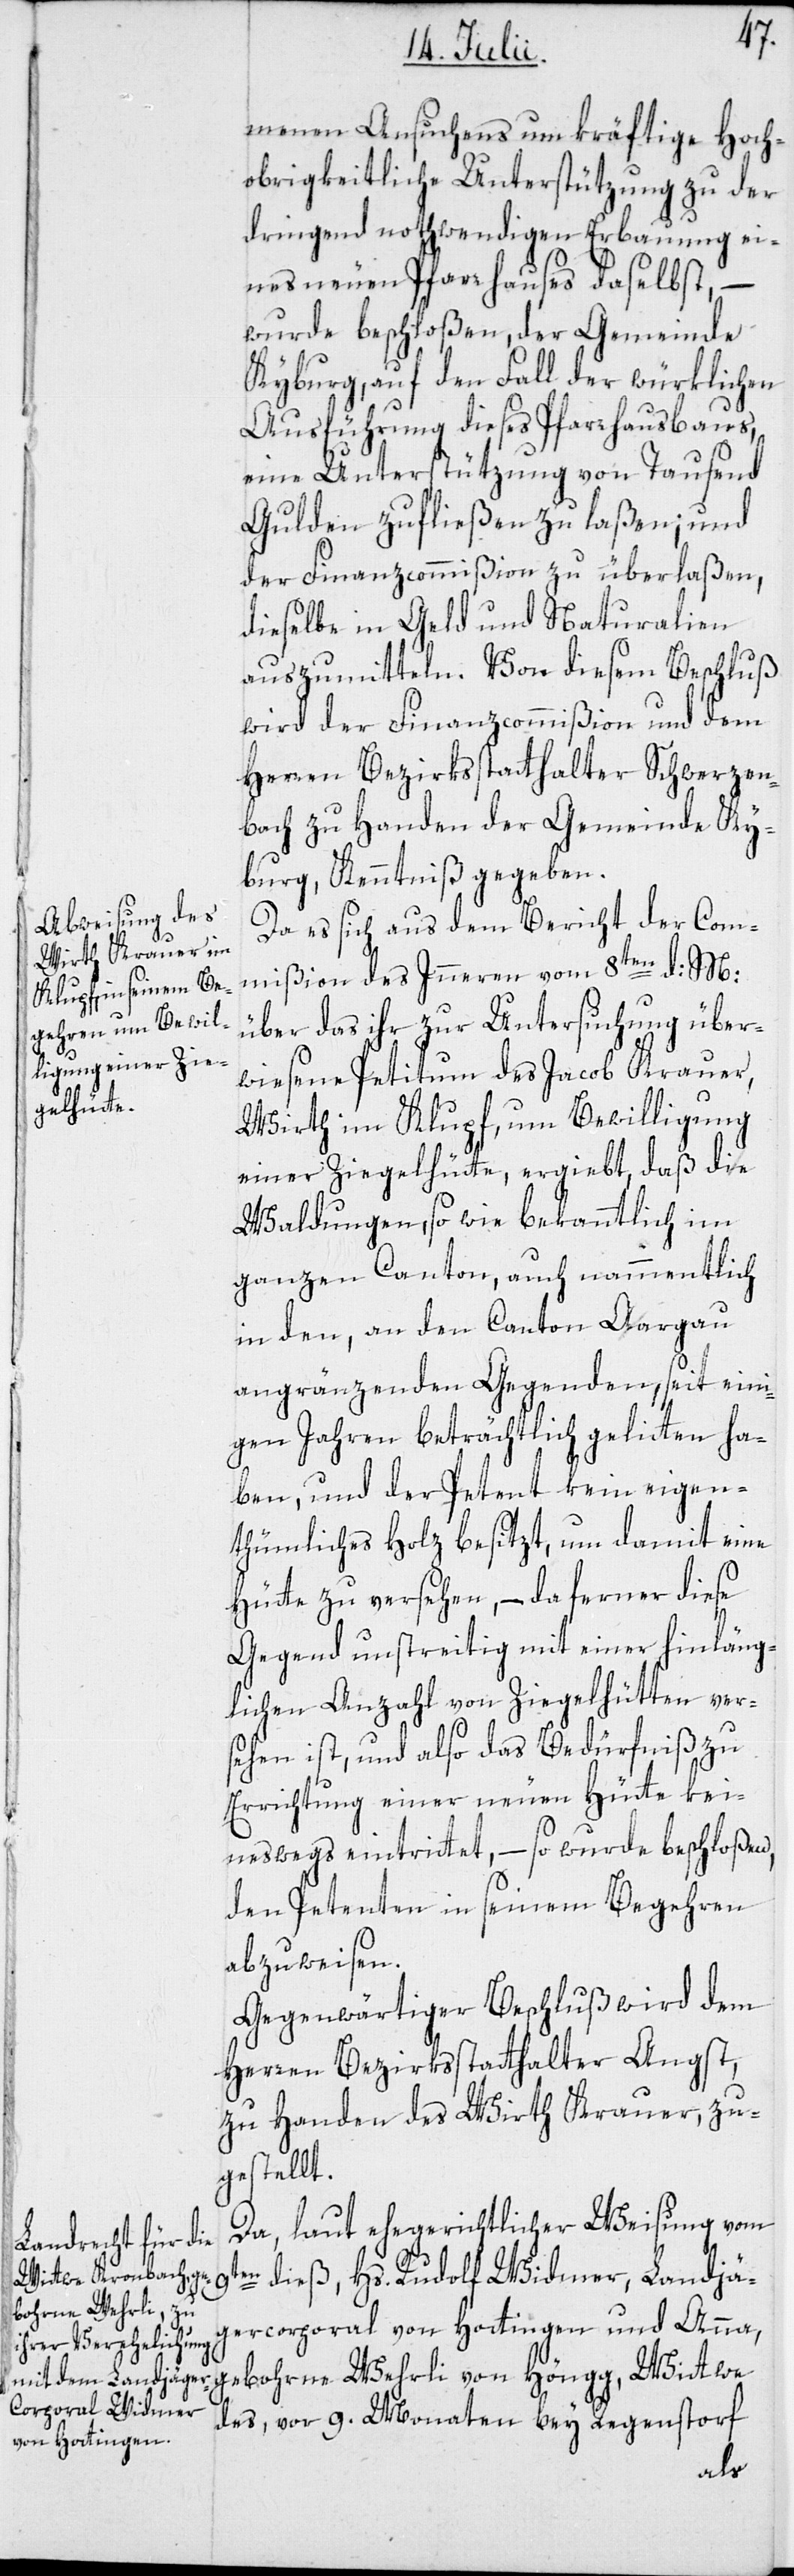
menen Ansuchens um kräftige Hoch¬
obrigkeitliche Unterstützung zu der
dringend nothwendigen Erbauung ei¬
nes neuen Pfarrhauses daselbst, –
wurde beschloßen, der Gemeinde
Kyburg, auf den Fall der würklichen
Ausführung dieses Pfarrhausbaus,
eine Unterstützung von Tausend
Gulden zufließen zu laßen; und
der Finanzcommißion zu überlaßen,
dieselbe in Geld und Naturalien
wird der Finanzcommißion und dem
Herren Bezirksstatthalter Schwerzen¬
bach zu Handen der Gemeinde Ky¬
burg, Kenntniß gegeben.
Da es sich aus dem Bericht der Com¬
mißion des Inneren vom 8ten d: M:
über das ihr zur Untersuchung über¬
wiesene Petitum des Jacob Krauer,
Wirth im Klupf, um Bewilligung
einer Ziegelhütte, ergiebt, daß die
Waldungen, so wie bekanntlich im
ganzen Canton, auch nammentlich
in den, an den Canton Aargau
angränzenden Gegenden, seit eini¬
gen Jahren beträchtlich gelitten ha¬
ben, und der Petent kein eigen¬
thümliches Holz besitzt, um damit eine
Hütte zu versehen, – da ferner diese
Gegend unstreitig mit einer hinläng¬
lichen Anzahl von Ziegelhütten vers¬
ehen ist, und also das Bedürfniß zu
Errichtung einer neuen Hütte kei¬
neswegs eintrittet, – so wurde beschloßen,
den Petenten in seinem Begehren
abzuweisen.
Gegenwärtiger Beschluß wird dem
Herren Bezirksstatthalter Angst,
zu Handen des Wirth Krauer, zu¬
gestellt.
Da laut ehegerichtlicher Weisung vom
dieß, Hs. Rudolf Widmer, Landjä¬
gercorporal von Hottingen, und Anna,
gebohrne Wehrli von Höngg, Wittwe
des, vor 9. Monaten bey Regensdorf